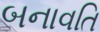
બનાવતિ